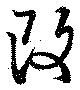
改